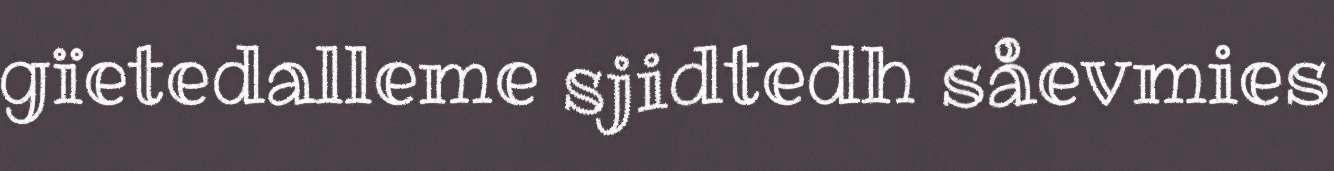
gïetedalleme sjidtedh såevmies